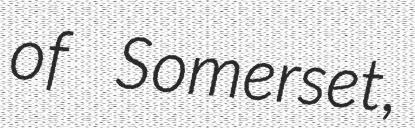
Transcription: of Somerset,